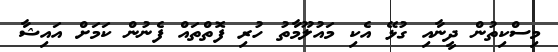
މިސްކިތުން ދީނާއި ގުޅޭ އެކި މައުލޫމާތު ހުރި ފޮތްތައް ފެނުން ކަމަށް އައިޝާ